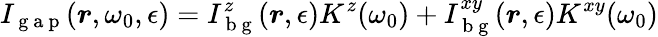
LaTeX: I_{\mathrm{~g~a~p~}}(\boldsymbol{r},\omega_{0},\epsilon)=I_{\mathrm{~b~g~}}^{z}(\boldsymbol{r},\epsilon)K^{z}(\omega_{0})+I_{\mathrm{~b~g~}}^{xy}(\boldsymbol{r},\epsilon)K^{xy}(\omega_{0})